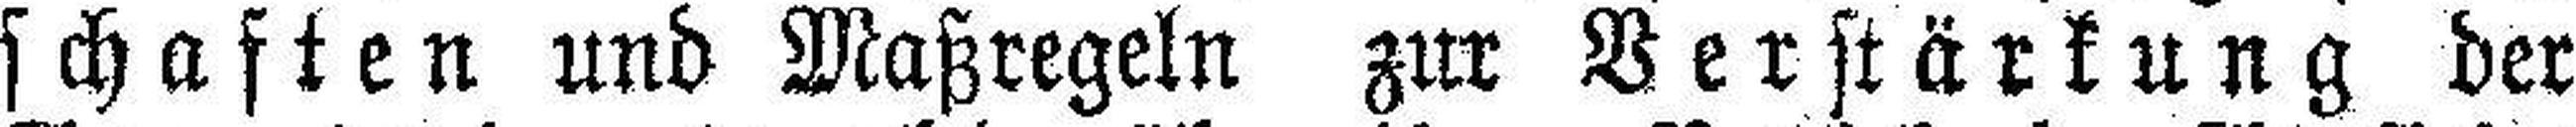
schaften und Maßregeln zur Verstärkung der